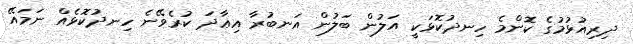
ދިރިއުޅުމުގެ ކޮންމެ ހިނދުކޮޅަކީ އަލުން ބަލުން އަނބުރާ އިޢާދަ ކުރެވޭނެ ހިނދުކޮޅެއް ނަމައޭ